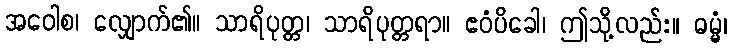
အဝေါစ၊ လျှောက်၏။ သာရိပုတ္တ၊ သာရိပုတ္တရာ။ ဧဝံပိခေါ၊ ဤသို့လည်း။ ဓမ္မံ၊